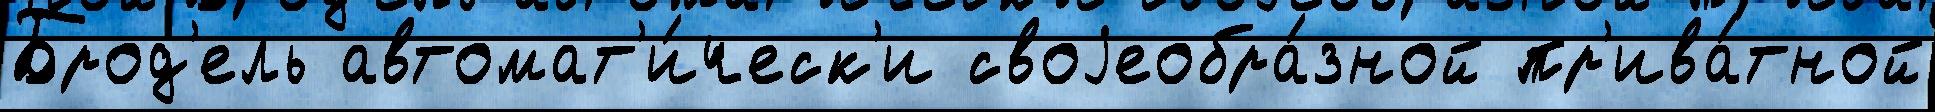
Брод'ель автомат'и́ческ'и своjеобра́зной пр'ива́тной